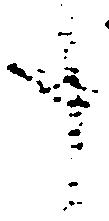
十